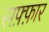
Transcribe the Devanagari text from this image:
सफ़्फ़ार